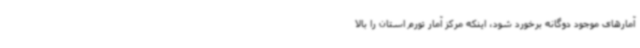
آمارهای موجود دوگانه برخورد شود، اینکه مرکز آمار تورم استان را بالا